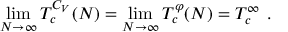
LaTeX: \operatorname * { l i m } _ { N \to \infty } T _ { c } ^ { C _ { V } } ( N ) = \operatorname * { l i m } _ { N \to \infty } T _ { c } ^ { \varphi } ( N ) = T _ { c } ^ { \infty } \, \, .